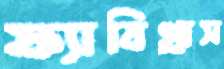
ফ্যাবিগ্রাস